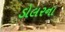
ડોલરના